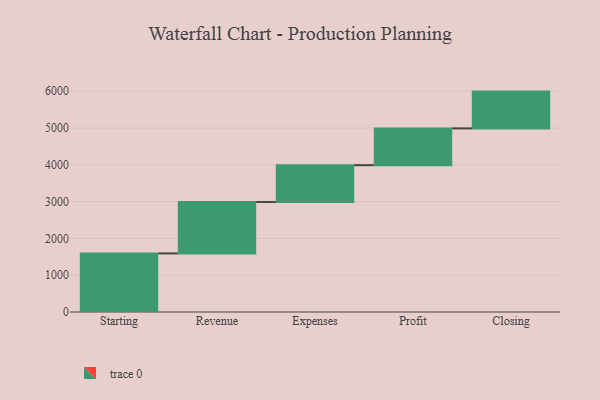
{"axis": {"x": "Step", "y": "Value"}, "legend": [""], "data": [{"x": "Starting", "y": 1592.0, "type": ""}, {"x": "Revenue", "y": 1399.0, "type": ""}, {"x": "Expenses", "y": 1000, "type": ""}, {"x": "Profit", "y": 1000, "type": ""}, {"x": "Closing", "y": 1000, "type": ""}]}